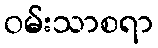
ဝမ်းသာစရာ